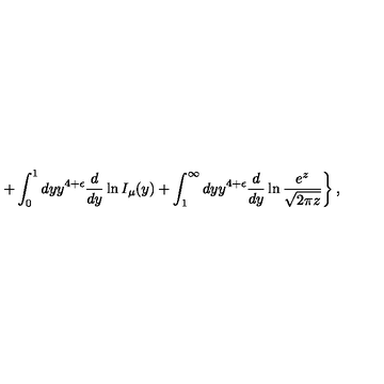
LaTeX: \left. + \int _ { 0 } ^ { 1 } d y y ^ { 4 + \epsilon } { \frac { d } { d y } } \ln I _ { \mu } ( y ) + \int _ { 1 } ^ { \infty } d y y ^ { 4 + \epsilon } { \frac { d } { d y } } \ln { \frac { e ^ { z } } { \sqrt { 2 \pi z } } } \right\} ,